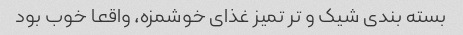
بسته بندی شیک و تر تمیز غذای خوشمزه، واقعا خوب بود